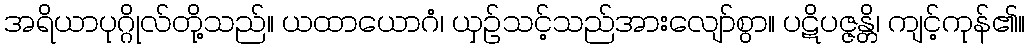
အရိယာပုဂ္ဂိုလ်တို့သည်။ ယထာယောဂံ၊ ယှဉ်သင့်သည်အားလျော်စွာ။ ပဋိပဇ္ဇန္တိ၊ ကျင့်ကုန်၏။